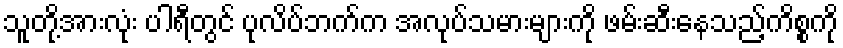
သူတို့အားလုံး ပါရီတွင် ပုလိပ်ဘက်က အလုပ်သမားများကို ဖမ်းဆီးနေသည့်ကိစ္စကို